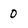
Character: 0